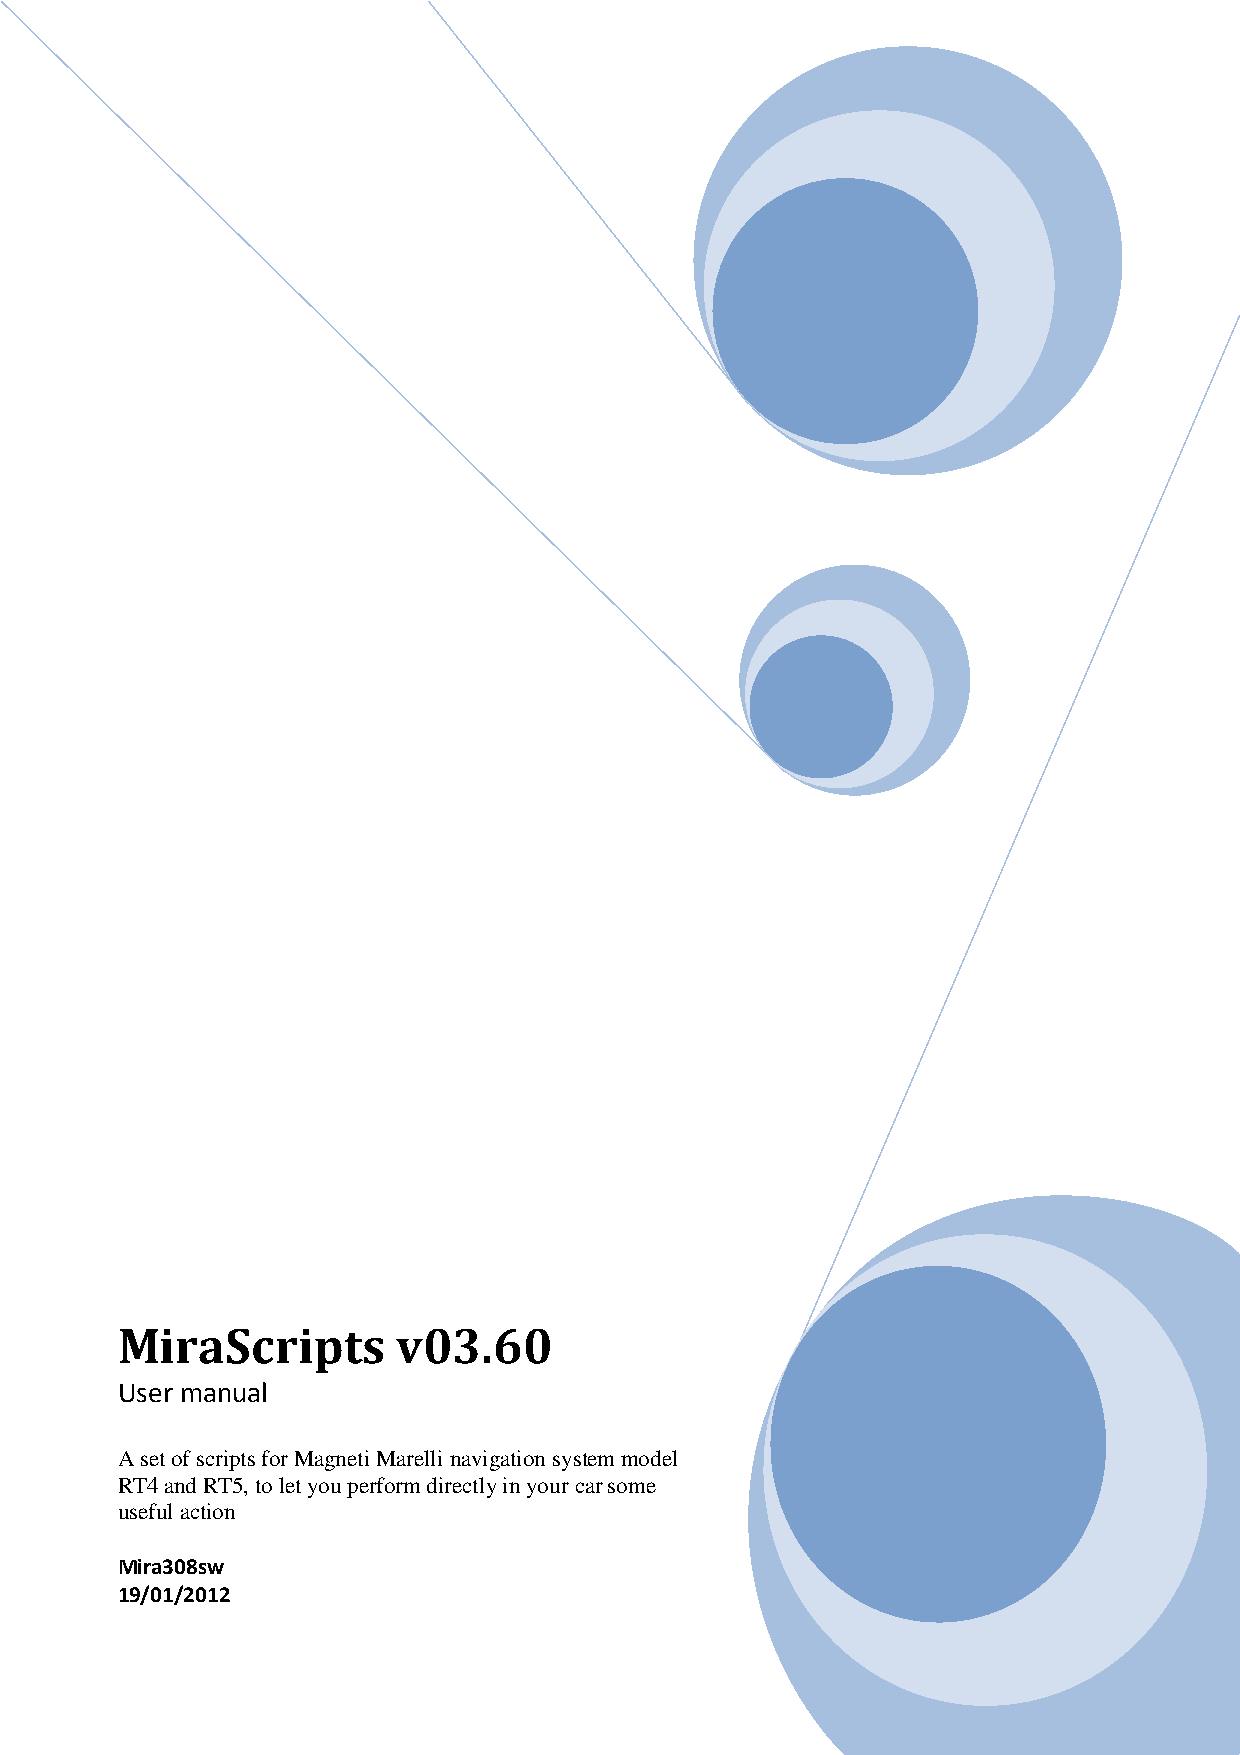
MiraScripts       v03.60
 User manual
 A set of scripts for Magneti Marelli navigation system model
 RT4 and RT5, to let you perform directly in your car some
 useful action
 Mira308sw
 19/01/2012